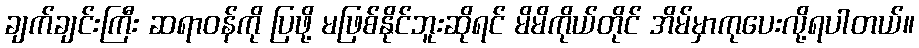
ချက်ချင်းကြီး ဆရာဝန်ကို ပြဖို့ မဖြစ်နိုင်ဘူးဆိုရင် မိမိကိုယ်တိုင် အိမ်မှာကုပေးလို့ရပါတယ်။